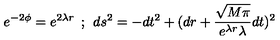
e ^ { - 2 \phi } = e ^ { 2 \lambda r } \: \: ; \: \: d s ^ { 2 } = - d t ^ { 2 } + ( d r + \frac { \sqrt { M \pi } } { e ^ { \lambda r } \lambda } d t ) ^ { 2 }